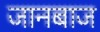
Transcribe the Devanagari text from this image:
जानबाज